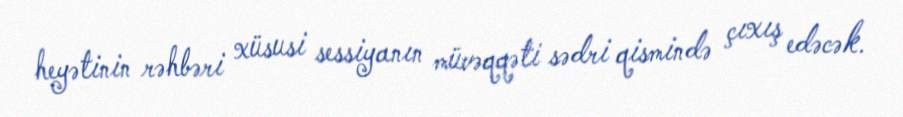
heyətinin rəhbəri xüsusi sessiyanın müvəqqəti sədri qismində çıxış edəcək.